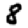
Digit: 8